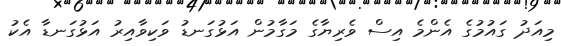
މިއަދު ގައުމުގެ އެންމެ އިސް ވެރިޔާގެ މަގާމުން އަޅުގަނޑު ވަކިވާއިރު އަޅުގަނޑާ އެކު